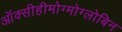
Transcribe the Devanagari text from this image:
ऑक्सीहीमोग्मोग्लोबिन